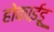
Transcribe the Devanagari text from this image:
होकाईडू